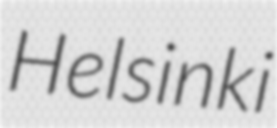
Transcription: Helsinki